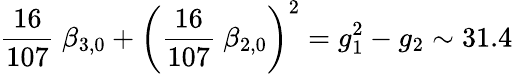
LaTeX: {\frac{16}{107}}\ \beta_{3,0}+\left({\frac{16}{107}}\ \beta_{2,0}\right)^{2}=g_{1}^{2}-g_{2}\sim 31.4